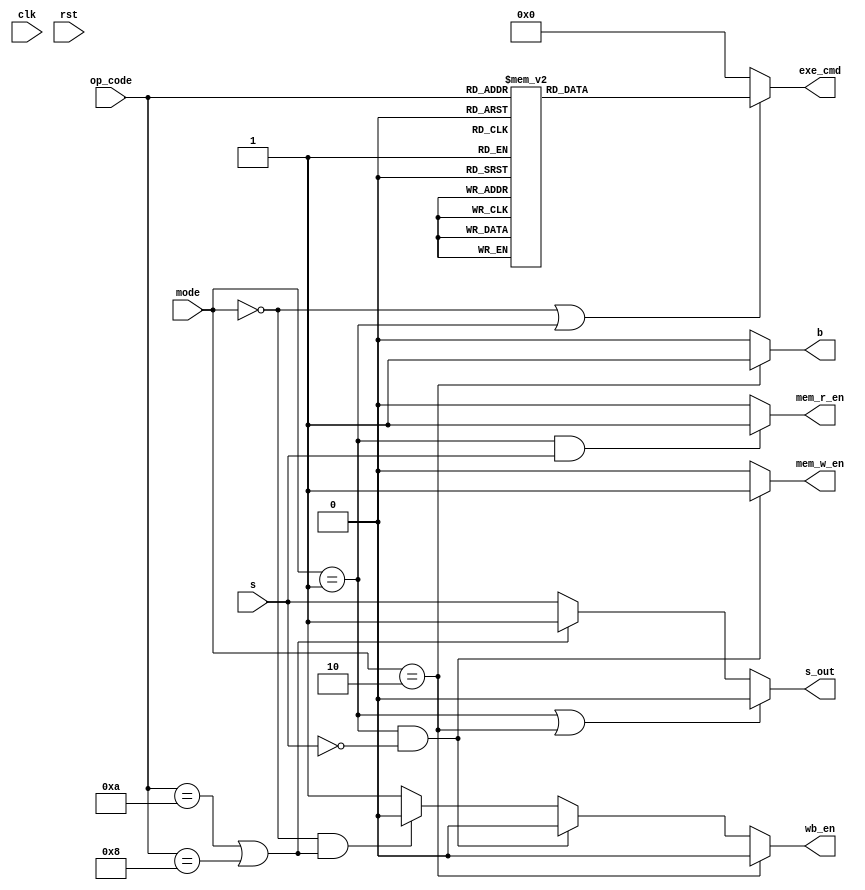
module ControlUnit (
    clk, rst, s,
    mode, op_code,
    mem_r_en, mem_w_en, wb_en, b, s_out,
    exe_cmd
);
    input clk, rst, s;
    input [1:0] mode;
    input [3:0] op_code;
    output mem_r_en, mem_w_en, wb_en, b, s_out;
    output reg [3:0] exe_cmd;

    assign s_out = (mode == 2'b01 | mode == 2'b10) ? 1'b0 :
                   (op_code == 4'b1010 | op_code == 4'b1000) ? 1'b1 : s;

    assign mem_r_en = (mode == 2'b01 & s == 1'b1) ? 1'b1 : 1'b0;

    assign mem_w_en = (mode == 2'b01 & s == 1'b0) ? 1'b1 : 1'b0;

    assign wb_en = (mode == 2'b10) ? 1'b0:
                   (mode == 2'b01 & s == 1'b0) ? 1'b0:
                   (mode == 1'b00 & (op_code == 4'b1010 | op_code == 4'b1000)) ? 1'b0 : 1'b1;
    
    assign b = (mode == 2'b10) ? 1'b1 : 1'b0; //branch
    
    always @(op_code, mode) begin
        if(mode == 2'b00 | mode == 2'b01)begin
            case(op_code)
                4'b1101: exe_cmd = 4'b0001; //MOV
                4'b1111: exe_cmd = 4'b1001; //MVN
                4'b0100: exe_cmd = 4'b0010; //ADD, LDR, STR
                4'b0101: exe_cmd = 4'b0011; //ADC
                4'b0010: exe_cmd = 4'b0100; //SUB
                4'b0110: exe_cmd = 4'b0101; //SBC
                4'b0000: exe_cmd = 4'b0110; //AND
                4'b1100: exe_cmd = 4'b0111; //ORR
                4'b0001: exe_cmd = 4'b1000; //EOR
                4'b1010: exe_cmd = 4'b0100; //CMP
                4'b1000: exe_cmd = 4'b0110; //TST
                default: exe_cmd = 4'b0000;
            endcase
        end
        else
            exe_cmd = 4'b0000;
    end

endmodule